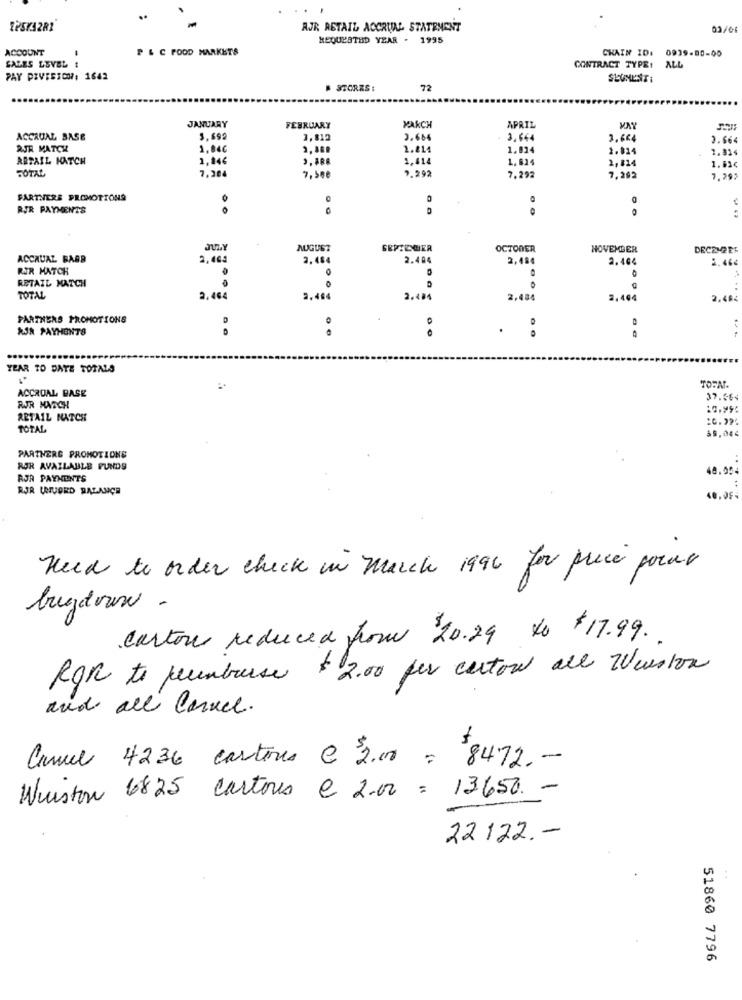
..
AJR RETAIL ACCRUAL STATEMENT
02/04
REQUESTED YEAR . 1995
ACCOUNT
P & C FOOD MARKETS
CHAIN ID:
0939.80-00
SALES LEVEL !
CONTRACT TYPE!
ALL
PAY PIVISION, 1642
SEUMESTI
# STORES :
72
JANUARY
FEBRUARY
KAKCH
APRIL
ACCRUAL BASE
3,692
3,812
2.684
3.644
2.684
3.664
AJR MATCH
1,04€
1.81
1.024
2.814
1.81
ARTAIL HATCH
1,84€
1,414
1,824
2,814
1.83€
TOTAL
7.292
7,204
7.292
7.292
7,29;
PARTNERS PROMOTIONS
0
RJR PAYMENTS
AUGUST
SEPTESGER
OCTODER
NOVEMBER
DECEMBER
ACCRUAL BAGR
2,463
2,48
2.484
2,434
2.464
2.46€
RIR MATCH
RETAIL MATCH
.
TOTAL
2.464
2,404
2.484
2,484
2,404
2.49
PARTHERS PROMOTIONS
D
AJA PAYMENTS
. :
YEAR TO DATE TOTALS
ACCROAL BASE
TORA.
37.564
RIR MARCH
:0.99:
RETAIL NATCH
TOTAL
PARTNERG PROMOTIONS
..
RØR AVAILABLE FUNDS
48.00
RJR PAYMENTS
RJR UNUORD BALANÇA
Need to order check in March 1996 for prece poras
buzdown -
Carton reduced from 20.29 to $ 17.99.
ROR to perembourse $ 2.00 per carton all Weistva
and all Conce.
Cancel 4236 cartons e 2.00 = $8472. -
Wuiston 6825 cartons e 2.00 = 13650. -
22 122 .-
51860 7796